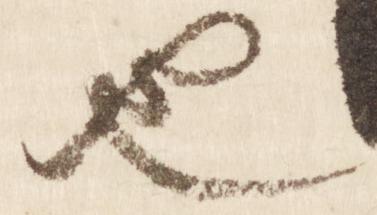
也